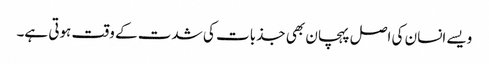
ویسے انسان کی اصل پہچان بھی جذبات کی شدت کے وقت ہوتی ہے۔